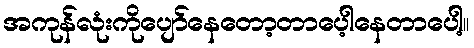
အကုန်လုံးကိုပျော်နေတော့တာပေ့ါနေတာပေါ့။